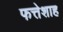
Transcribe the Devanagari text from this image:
फत्तेशाह